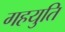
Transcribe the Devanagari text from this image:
गहयुति